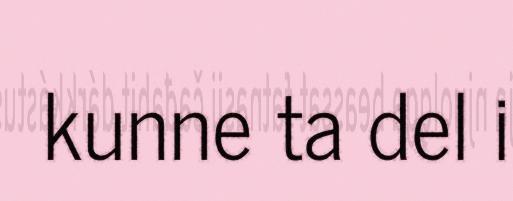
kunne ta del i